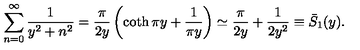
\sum _ { n = 0 } ^ { \infty } \frac { 1 } { y ^ { 2 } + n ^ { 2 } } = \frac { \pi } { 2 y } \left( \coth \pi y + \frac { 1 } { \pi y } \right) \simeq \frac { \pi } { 2 y } + \frac { 1 } { 2 y ^ { 2 } } \equiv \bar { S } _ { 1 } ( y ) { . }